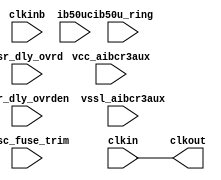
// This program was cloned from: https://github.com/chipsalliance/aib-phy-hardware
// License: Apache License 2.0

// SPDX-License-Identifier: Apache-2.0
// Copyright (C) 2019 Intel Corporation. 
// Library - aibcr3aux_lib, Cell - aibcr3aux_outclkdly, View - schematic
// LAST TIME SAVED: Mar 20 15:24:37 2015
// NETLIST TIME: Mar 20 23:46:52 2015

`ifdef TIMESCALE_EN
`timescale 1ps/1ps
`endif

module aibcr3aux_outclkdly
#(
 parameter PERIOD = 500
)
(
output clkout,

input  clkin, clkinb, csr_dly_ovrden, ib50u_ring, ib50uc, vcc_aibcr3aux,
     vssl_aibcr3aux,

input [9:0]  iosc_fuse_trim,
input [3:0]  csr_dly_ovrd

//wire net033 , vssl , nbias , vbias , net032 , nocon0
);



assign #PERIOD clkout =  clkin;

endmodule